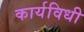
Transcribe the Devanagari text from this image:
कार्यविधी